画像に写った文字を読んでください
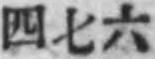
「四七六」と書いてあります